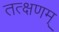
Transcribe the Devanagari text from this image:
तत्क्षणम्